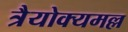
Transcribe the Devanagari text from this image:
त्रैयोक्यमल्ल